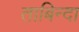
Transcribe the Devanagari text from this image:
ताबिन्दा